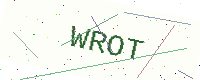
Text: WROT